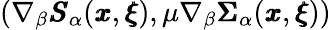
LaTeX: (\nabla_{\beta}{\pmb S}_{\alpha}({\pmb x},{\pmb\xi}),\mu\nabla_{\beta}{\pmb\Sigma}_{\alpha}({\pmb x},{\pmb\xi}))